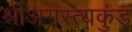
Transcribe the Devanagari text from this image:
श्रीअगस्त्यकुंड